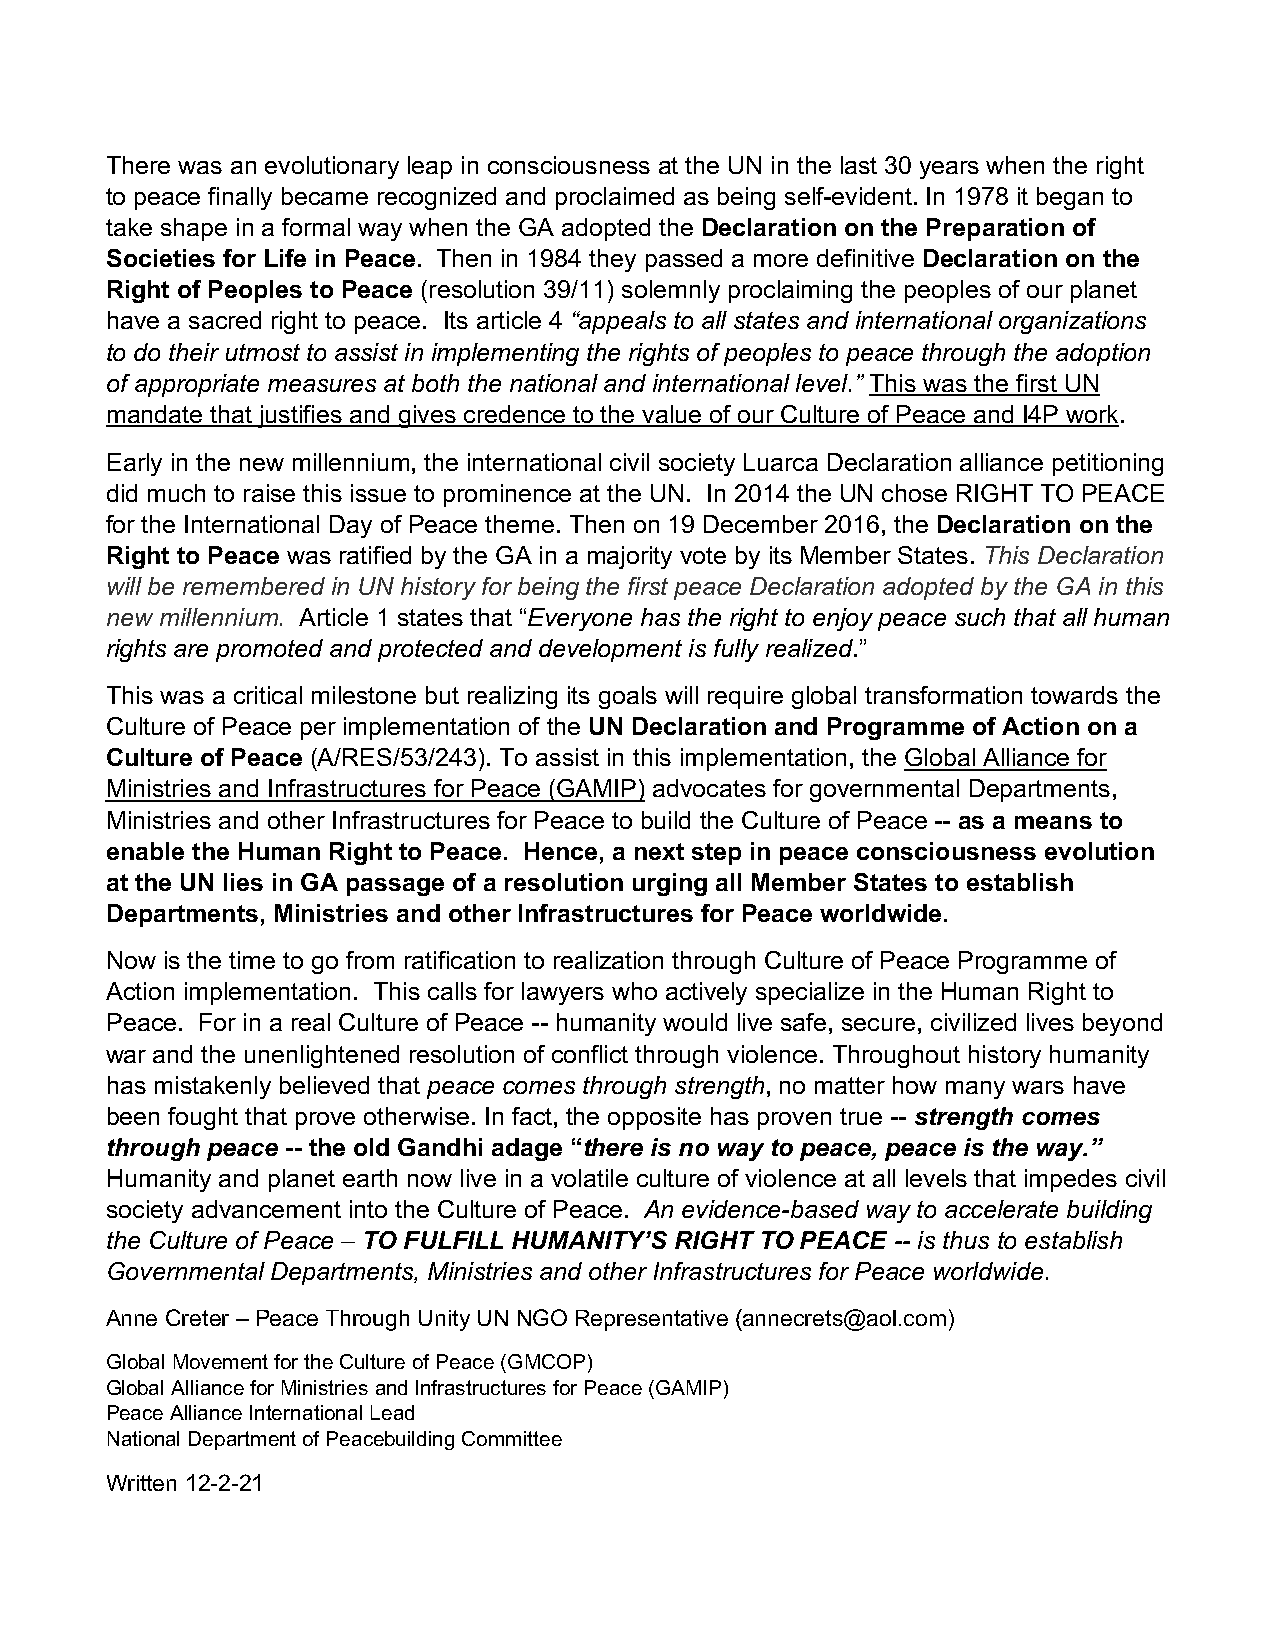
There was an evolutionary leap in consciousness at the UN in the last 30 years when the right
 to peace finally became recognized and proclaimed as being self-evident. In 1978 it began to
 take shape in a formal way when the GA adopted the Declaration on the Preparation of
 Societies for Life in Peace. Then in 1984 they passed a more definitive Declaration on the
 Right of Peoples to Peace (resolution 39/11) solemnly proclaiming the peoples of our planet
 have a sacred right to peace. Its article 4 “appeals to all states and international organizations
 to do their utmost to assist in implementing the rights of peoples to peace through the adoption
 of appropriate measures at both the national and international level.” This was the first UN
 mandate that justifies and gives credence to the value of our Culture of Peace and I4P work.
 Early in the new millennium, the international civil society Luarca Declaration alliance petitioning
 did much to raise this issue to prominence at the UN. In 2014 the UN chose RIGHT TO PEACE
 for the International Day of Peace theme. Then on 19 December 2016, the Declaration on the
 Right to Peace was ratified by the GA in a majority vote by its Member States. This Declaration
 will be remembered in UN history for being the first peace Declaration adopted by the GA in this
 new millennium. Article 1 states that “Everyone has the right to enjoy peace such that all human
 rights are promoted and protected and development is fully realized.”
 This was a critical milestone but realizing its goals will require global transformation towards the
 Culture of Peace per implementation of the UN Declaration and Programme of Action on a
 Culture of Peace (A/RES/53/243). To assist in this implementation, the Global Alliance for
 Ministries and Infrastructures for Peace (GAMIP) advocates for governmental Departments,
 Ministries and other Infrastructures for Peace to build the Culture of Peace -- as a means to
 enable the Human Right to Peace. Hence, a next step in peace consciousness evolution
 at the UN lies in GA passage of a resolution urging all Member States to establish
 Departments, Ministries and other Infrastructures for Peace worldwide.
 Now is the time to go from ratification to realization through Culture of Peace Programme of
 Action implementation. This calls for lawyers who actively specialize in the Human Right to
 Peace. For in a real Culture of Peace -- humanity would live safe, secure, civilized lives beyond
 war and the unenlightened resolution of conflict through violence. Throughout history humanity
 has mistakenly believed that peace comes through strength, no matter how many wars have
 been fought that prove otherwise. In fact, the opposite has proven true -- strength comes
 through peace -- the old Gandhi adage “there is no way to peace, peace is the way.”
 Humanity and planet earth now live in a volatile culture of violence at all levels that impedes civil
 society advancement into the Culture of Peace. An evidence-based way to accelerate building
 the Culture of Peace – TO FULFILL HUMANITY’S RIGHT TO PEACE -- is thus to establish
 Governmental Departments, Ministries and other Infrastructures for Peace worldwide.
 Anne Creter – Peace Through Unity UN NGO Representative (annecrets@aol.com)
 Global Movement for the Culture of Peace (GMCOP)
 Global Alliance for Ministries and Infrastructures for Peace (GAMIP)
 Peace Alliance International Lead
 National Department of Peacebuilding Committee
 Written 12-2-21